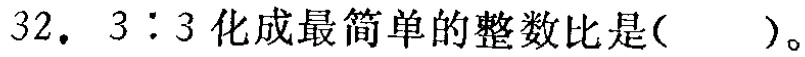
32. \(3:3\)化成最简单的整数比是( )。